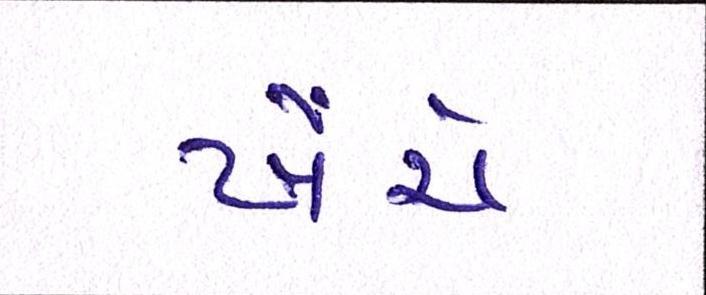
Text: ખેંચે